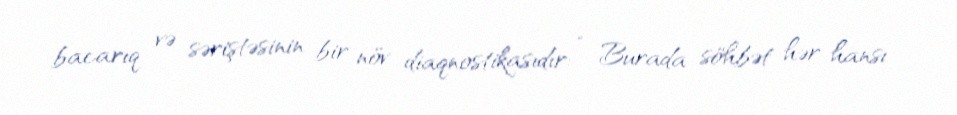
bacarıq və səriştəsinin bir növ diaqnostikasıdır: “ Burada söhbət hər hansı